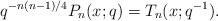
LaTeX: \begin{align*} q^{-n(n-1)/4}P_{n}(x;q)=T_{n}(x;q^{-1}).\end{align*}